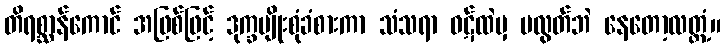
တိရစ္ဆာန်ကောင် အဖြစ်ဖြင့် ဒုက္ခမျိုးစုံခံစားကာ သံသရာ ဝဋ်ထဲမှ မလွတ်ဘဲ နေတော့လတ္တံ့။